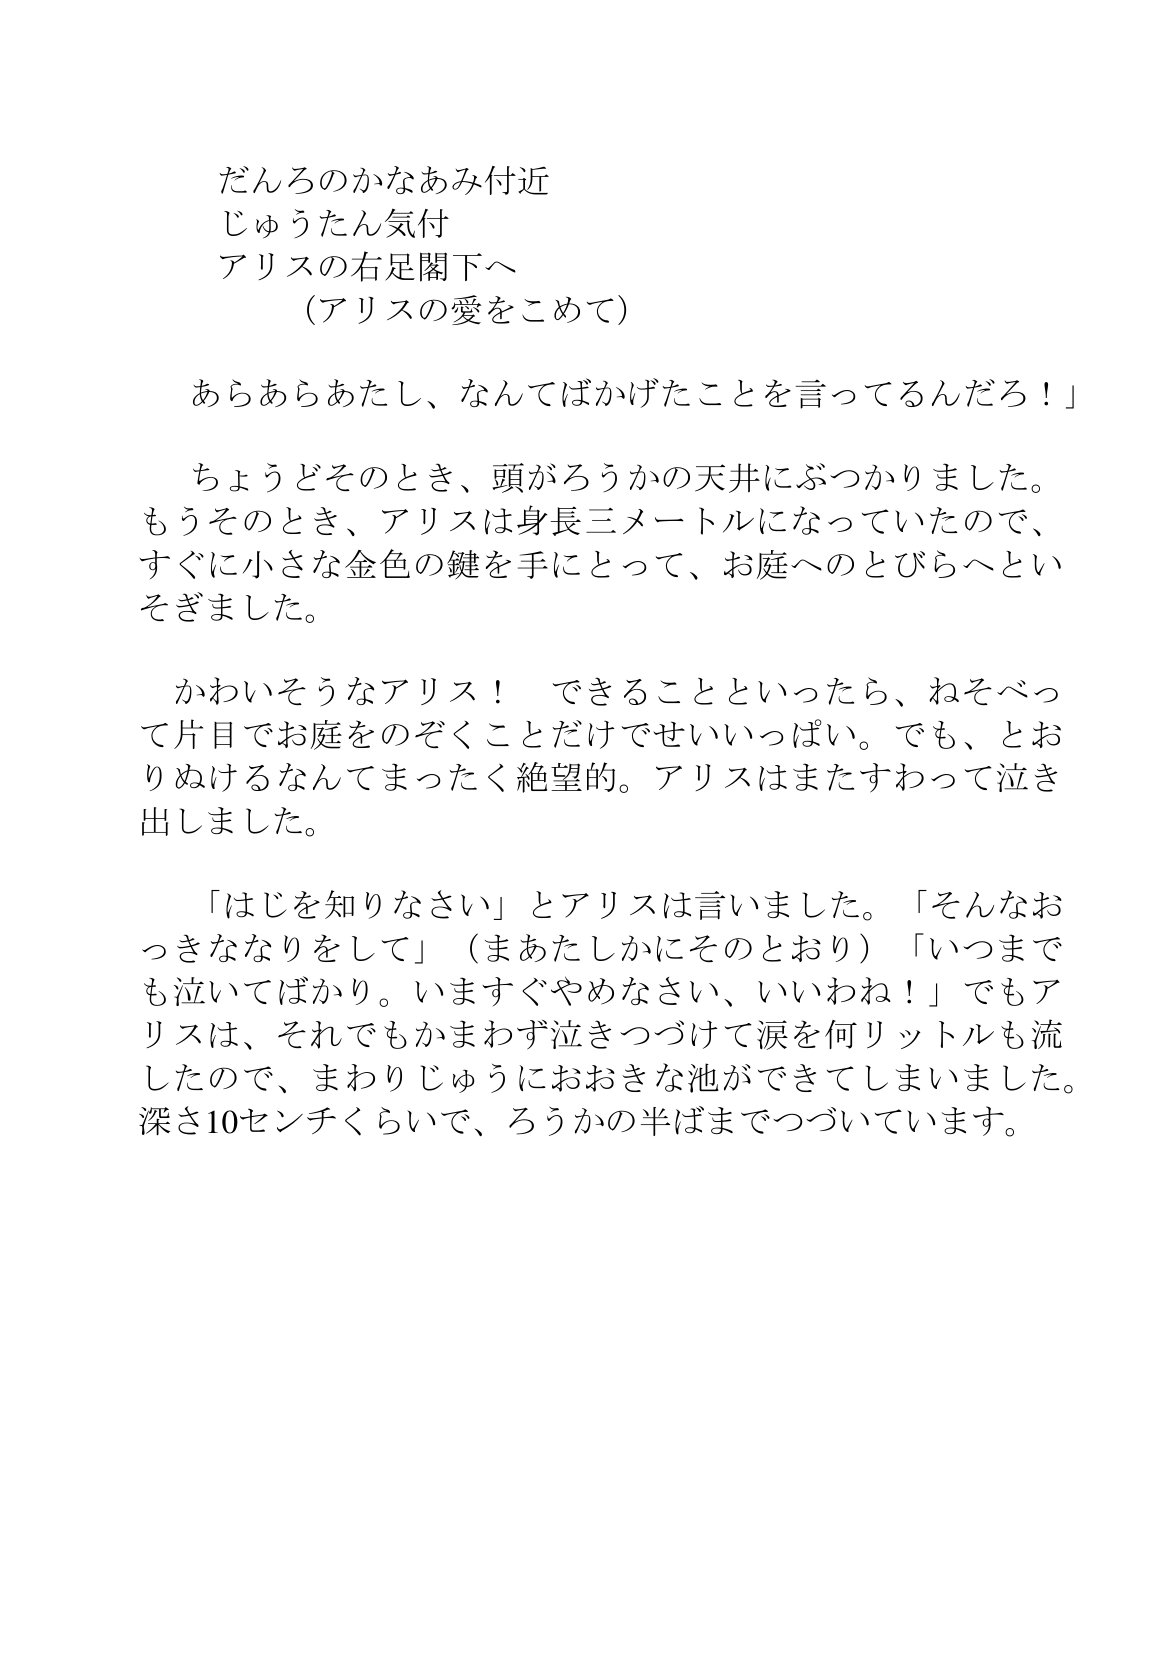
Language: ja